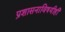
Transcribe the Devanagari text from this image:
प्रशासनाविषयीही